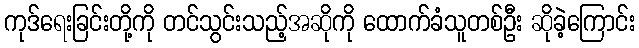
ကုဒ်ရေးခြင်းတို့ကို တင်သွင်းသည့်အဆိုကို ထောက်ခံသူတစ်ဦး ဆိုခဲ့ကြောင်း